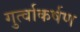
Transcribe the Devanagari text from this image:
गुर्त्वाकर्षण